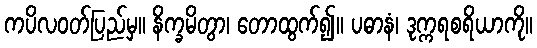
ကပိလဝတ်ပြည်မှ။ နိက္ခမိတွာ၊ တောထွက်၍။ ပဓာနံ၊ ဒုက္ကရစရိယာကို။